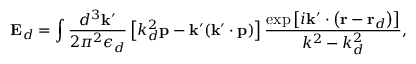
\mathbf { E } _ { d } = \int \frac { d ^ { 3 } \mathbf { k } ^ { \prime } } { 2 \pi ^ { 2 } \epsilon _ { d } } \left[ k _ { d } ^ { 2 } \mathbf { p } - \mathbf { k } ^ { \prime } ( \mathbf { k } ^ { \prime } \cdot \mathbf { p } ) \right] \frac { \exp \left[ i \mathbf { k } ^ { \prime } \cdot \left( \mathbf { r } - \mathbf { r } _ { d } \right) \right] } { k ^ { 2 } - k _ { d } ^ { 2 } } ,